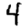
Digit: 4